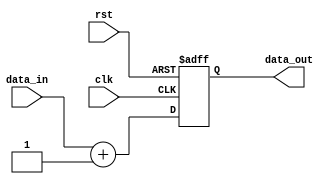
module behavioral_block(
    input wire clk,
    input wire rst,
    input wire [7:0] data_in,
    output reg [7:0] data_out
);

always @ (posedge clk or negedge rst) begin
    if (~rst) begin
        data_out <= 8'b00000000;
    end else begin
        // Internal logic for the module
        data_out <= data_in + 8'b00000001;
    end
end

endmodule